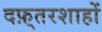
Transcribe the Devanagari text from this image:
दफ़्तरशाहों